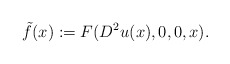
\begin{align*}\tilde{f}(x):=F(D^2u(x),0,0,x).\end{align*}